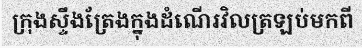
ក្រុងស្ទឹងត្រែងក្នុងដំណើរវិលត្រឡប់មកពី